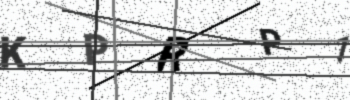
Text: KPRP1